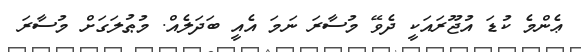
ޢެންމެ ކުޑަ އުޖޫރައަކީ ދެވޭ މުސާރަ ނަމަ އެއީ ބަދަލެއް. މުޠުލަގަށް މުސާރަ